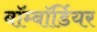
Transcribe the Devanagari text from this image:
बॉम्बॉर्डियर